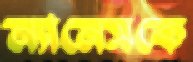
ন্যানেসকে